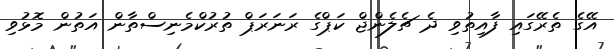
އޭގެ ތެރޭގައި ފާއިތުވި ދެ ޗެލެންޖް ކަޕްގެ ރަނަރަޕް ތުރުކްމެނިސްތާން އަތުން މޮޅުވި